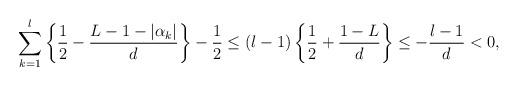
LaTeX: \begin{align*}\sum_{k=1}^l\left\{ \frac{1}{2} - \frac{L-1-|\alpha_k|}{d} \right\} -\frac{1}{2} \leq (l-1)\left\{\frac{1}{2} + \frac{1-L}{d} \right\} \leq -\frac{l-1}{d} < 0,\end{align*}